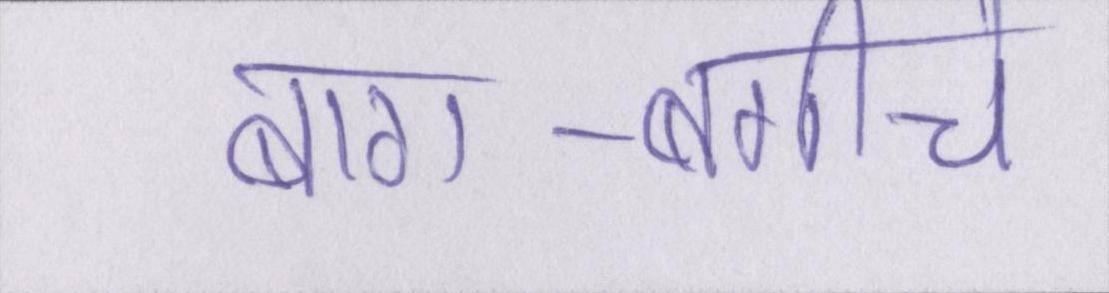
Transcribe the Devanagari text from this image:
बाग-बगीचे